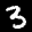
Label: 3